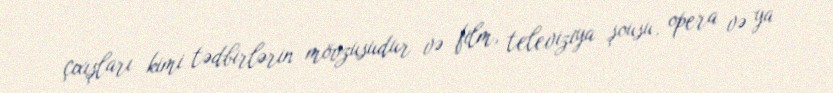
çıxışları kimi tədbirlərin mövzusudur və film, televiziya şousu, opera və ya